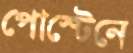
পোস্টেনে